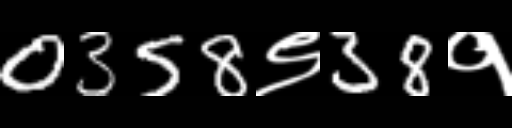
Text: 0358९38१